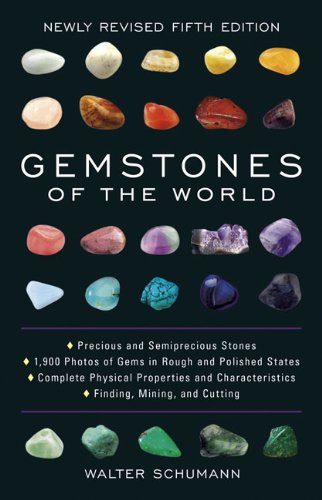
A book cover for Gemstones of the World: Newly Revised Fifth Edition; Walter Schumann; Science & Math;